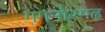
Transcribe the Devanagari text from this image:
गगनौरगढ़